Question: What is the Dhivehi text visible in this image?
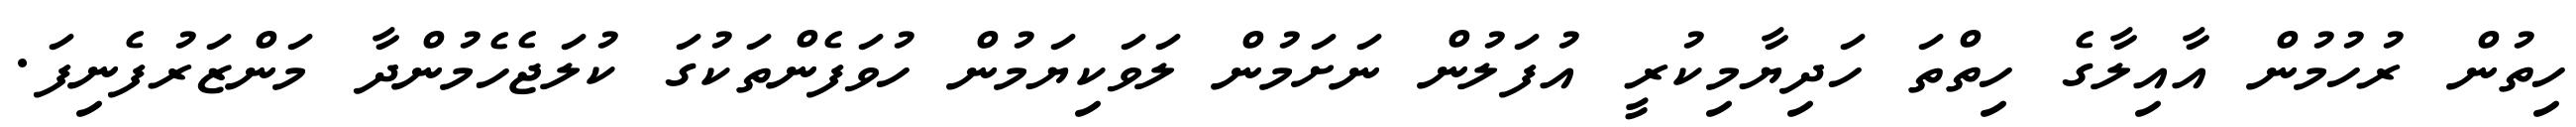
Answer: ހިތުން ރުހުމުން އާއިލާގެ ހިތްތަ ހަދިޔާމިކުރީ އުފަލުން ނަށަމުން ލަވަކިޔަމުން ހުވަފެންތަކުގަ ކުލަޖެހެމުންދާ މަންޒަރުފެނިފަ.